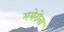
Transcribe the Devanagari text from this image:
मयेरोवा